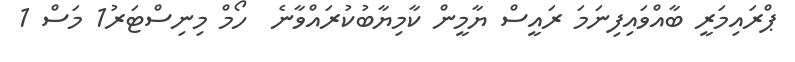
ޕްރައިމަރީ ބާއްވައިފިނަމަ ރައީސް ޔާމީން ކާމިޔާބުކުރައްވާނެ  ހޯމް މިނިސްޓަރު1 މަސް 1